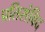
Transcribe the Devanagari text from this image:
प्रतिसंविद